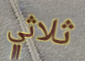
ثلاثي